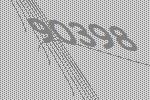
90398